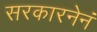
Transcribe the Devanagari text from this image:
सरकारनेनं